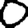
Digit: 0